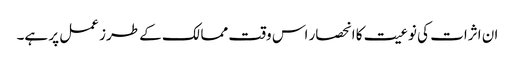
ان اثرات کی نوعیت کا انحصار اس وقت ممالک کے طرز عمل پر ہے۔